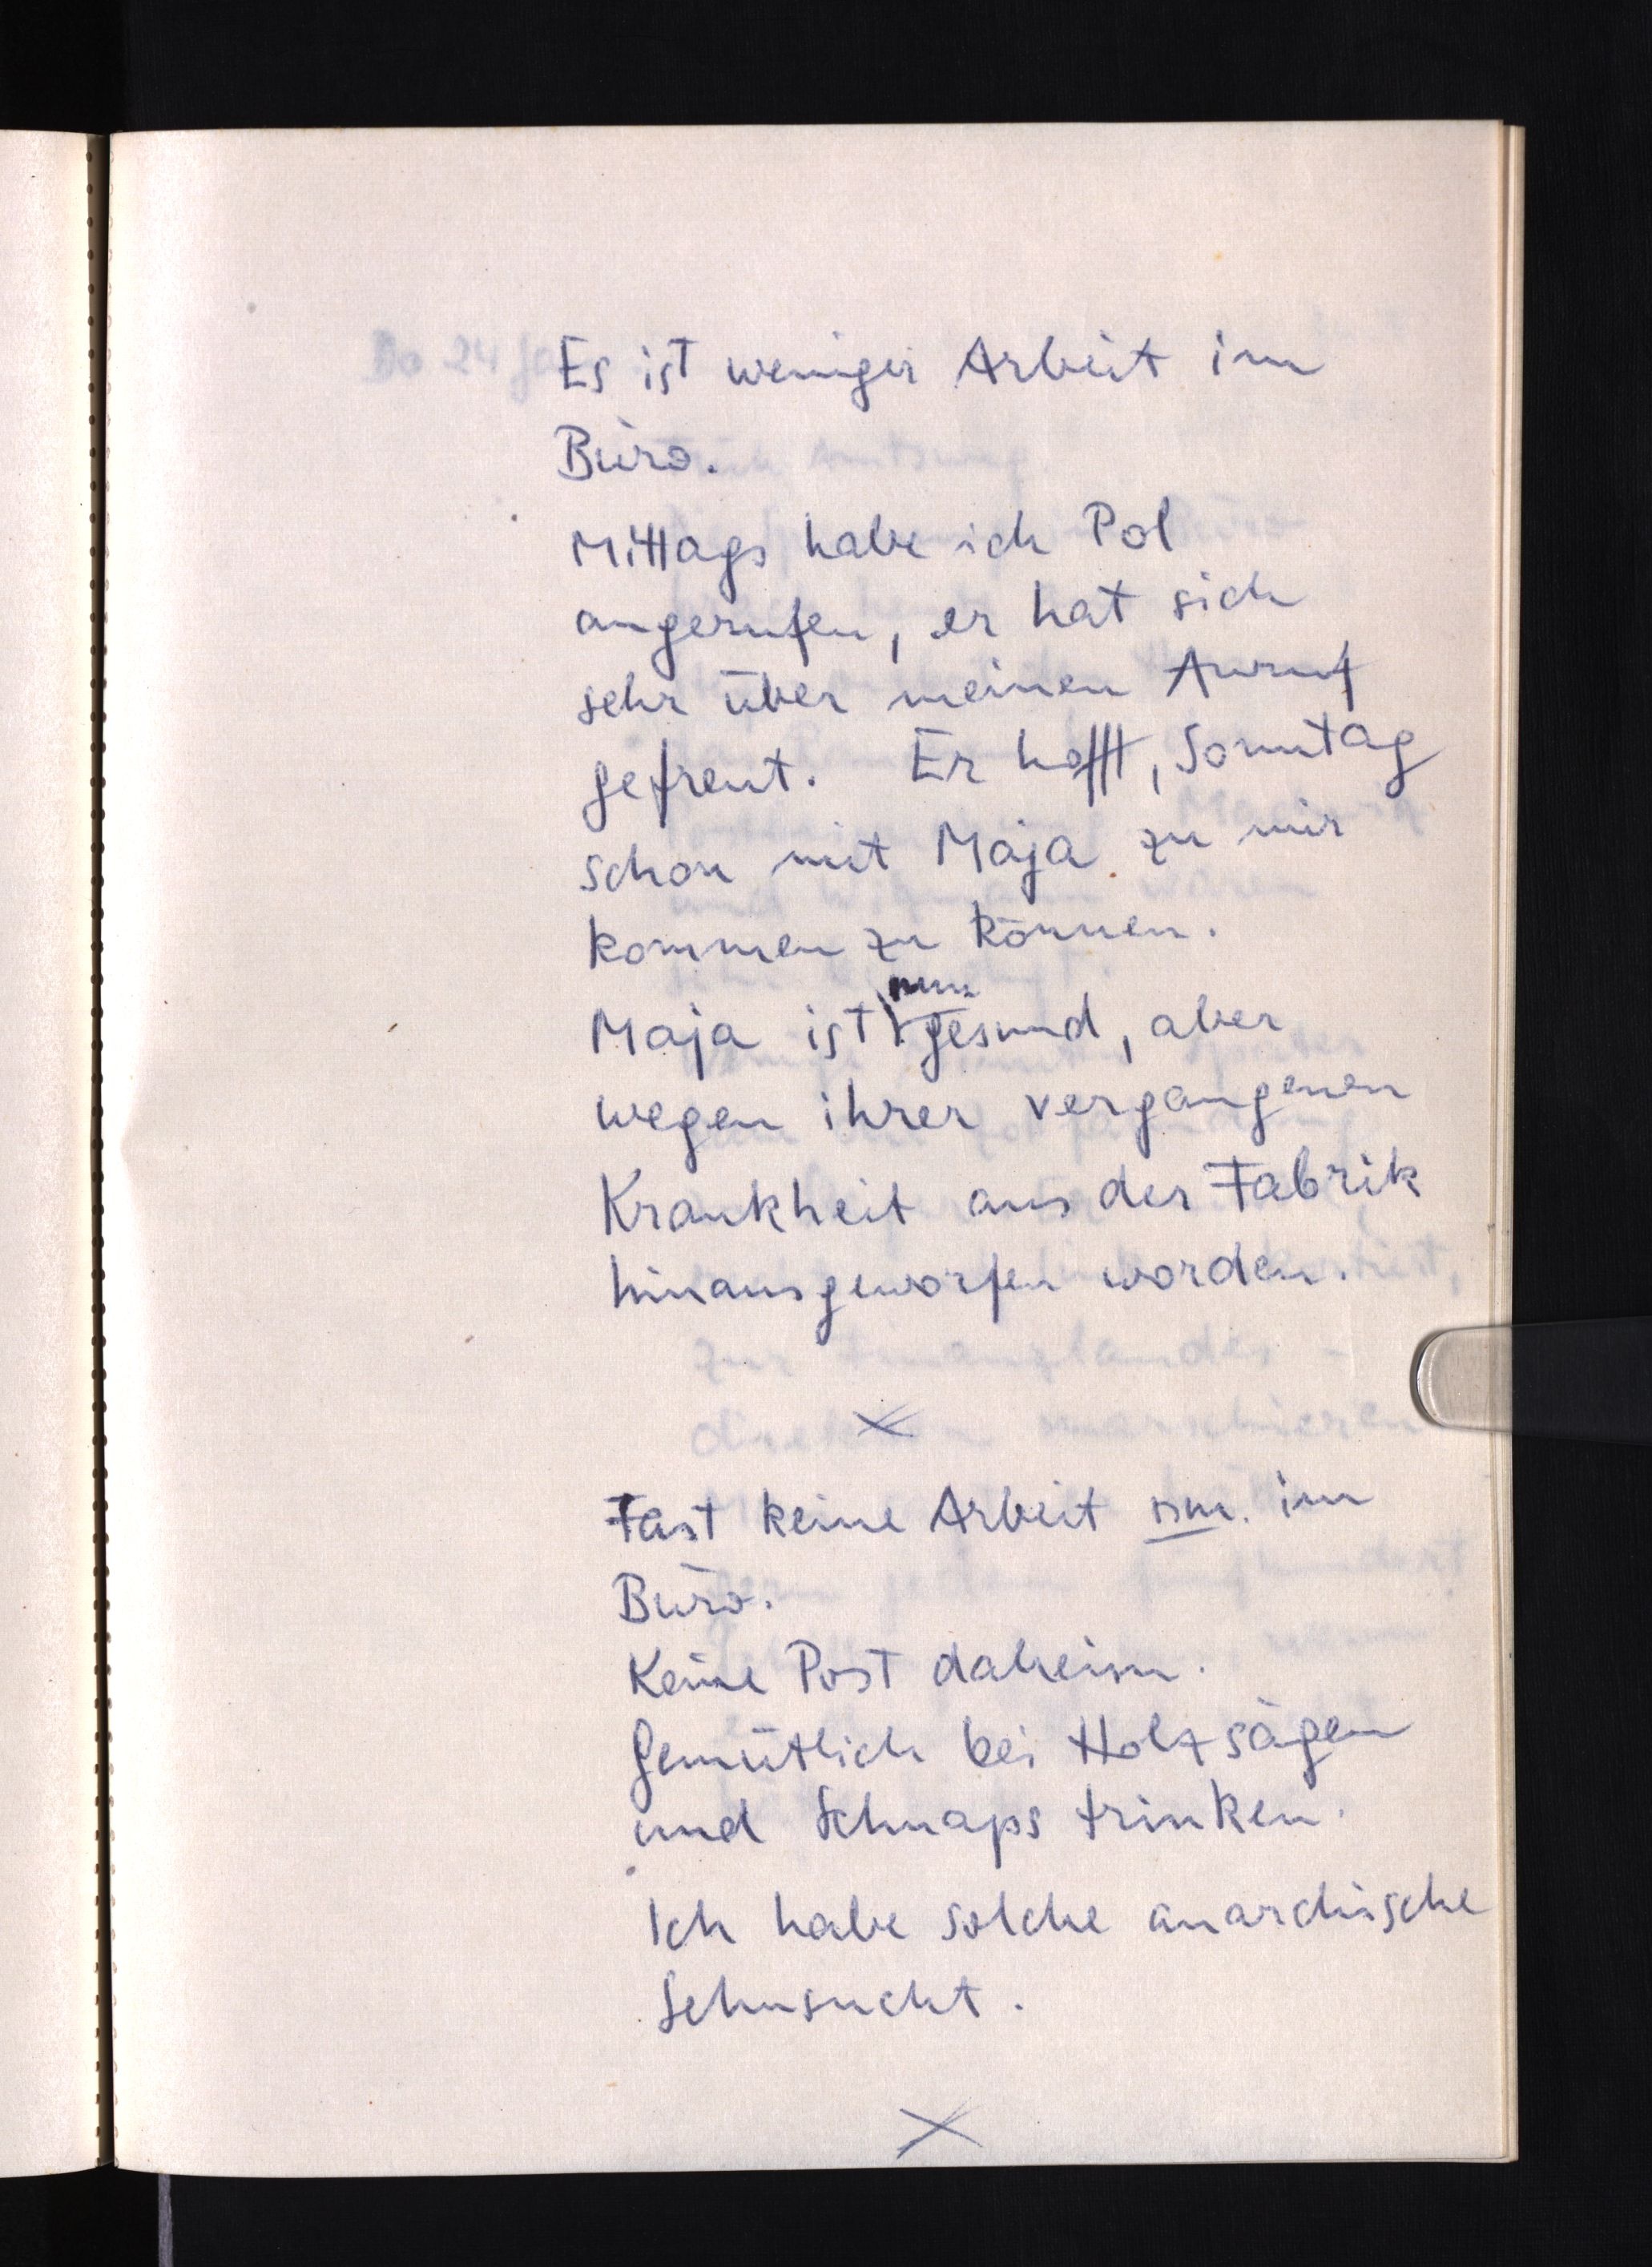
Es ist weniger Arbeit im
Büro.
Mittags habe ich Pol
angerufen, er hat sich
sehr über meinen Anruf
gefreut. Er hofft, Sonntag
schon mit Maja zu mir
kommen zu können.
nun
Maja ist gesund, aber
wegen ihrer vergangenen
Krankheit aus der Fabrik
hinausgeworfen worden.
Fast keine Arbeit nm. im
Büro.
Keine Post daheim.
Gemütlich bei Holz sägen
und Schnaps trinken.
Ich habe solche anarchische
Sehnsucht.